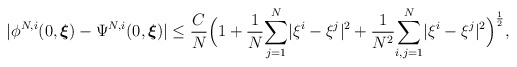
\begin{align*}|\phi^{N,i}(0,\boldsymbol{\xi})-\Psi^{N,i}(0,\boldsymbol{\xi})|\leq\frac{C}{N}\Big(1+\frac{1}{N}\underset{j=1}{\overset{N}\sum}|\xi^{i}-\xi^{j}|^2+\frac{1}{N^2}\underset{i,j=1}{\overset{N}{\sum}}|\xi^{i}-\xi^{j}|^2\Big)^{\frac{1}{2}},\end{align*}